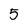
Character: 5